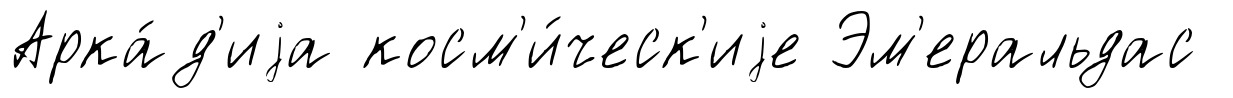
Арка́д'иjа косм'и́ческ'иjе Эм'еральдас